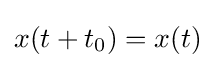
x(t+t_{0})=x(t)